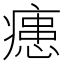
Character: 𭼢